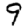
Digit: 9